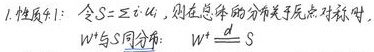
1. 性质4：令$S = \sum_i \alpha_i$，则在总体的分布关于原点对称时，$W^+$与$S$同分布：$W^+ \stackrel{d}{=} S$